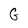
Character: G